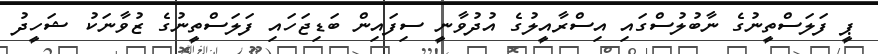
ޕީ ފަލަސްތީނުގެ ނާބުލުސްގައި އިސްރާއީލުގެ އުދުވާނީ ސިފައިން ބަޑިޖަހައި ފަލަސްތީނުގެ ޒުވާނަކު ޝަހީދު